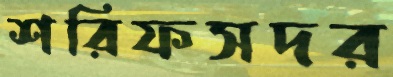
শরিফসদর